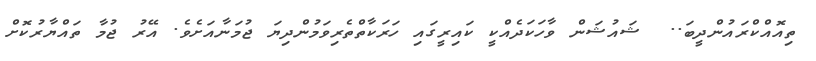
ތިއޮއްކްރައުންދީބަ..  ޝައުޝަން ވާހަކަދެއްކީ ކައިރީގައި ހަރަކާތްތެރިވަމުންދިޔަ ޖުމަނާއަށެވެ. އޭރު ޖުމާ ތައްޔާރުކޮށް